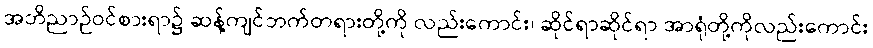
အဘိညာဉ်ဝင်စားရာ၌ ဆန့်ကျင်ဘက်တရားတို့ကို လည်းကောင်း၊ ဆိုင်ရာဆိုင်ရာ အာရုံတို့ကိုလည်းကောင်း